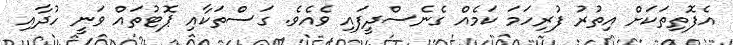
އެފޮތިތަކަށް އިތުރު ފުރިހަމަ ކަމެއް ގެނެސްދީފައި ވެއެވެ. ގަސްތަކާއި ޕޮޓުތައް ވަނީ ހުދާއި